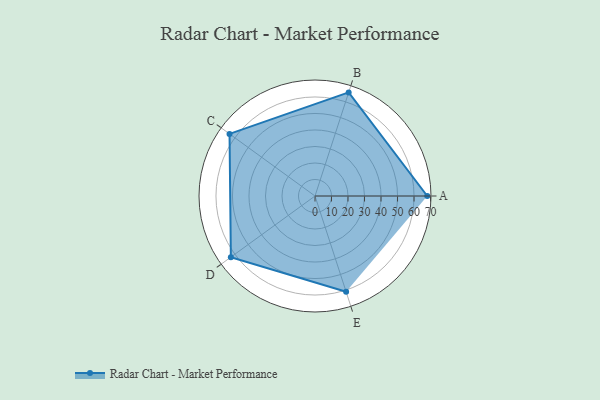
{"axis": {"x": "Skill", "y": "Score"}, "legend": ["Profile"], "data": [{"x": "A", "y": 68.0, "type": "Profile"}, {"x": "B", "y": 66.0, "type": "Profile"}, {"x": "C", "y": 64.0, "type": "Profile"}, {"x": "D", "y": 63.0, "type": "Profile"}, {"x": "E", "y": 61.0, "type": "Profile"}]}